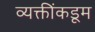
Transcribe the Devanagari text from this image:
व्यक्तींकडूम